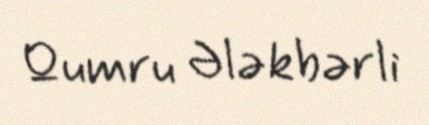
Qumru Ələkbərli